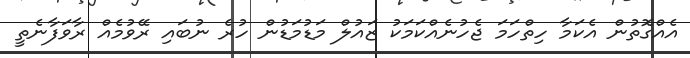
އެއްގޮތުން އެކަމާ ހިތްހަމަ ޖެހުނެއްކަމަކު ޒައުލް މަޑުމަޑުން ހުރެ ނުބައި ރޭވުމެއް ރާވަފާނެތީ